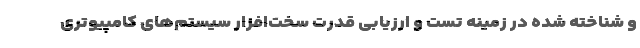
و شناخته شده در زمینه تست و ارزیابی قدرت سخت‌افزار سیستم‌های کامپیوتری